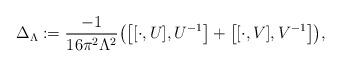
LaTeX: \begin{align*}\Delta_{\Lambda}:={-1\over 16 \pi^2 \Lambda^2}\bigl ( \bigl [[\cdot ,U],U^{-1}\bigr ]+\bigl [[\cdot ,V],V^{-1}\bigr ] \bigr ),\end{align*}